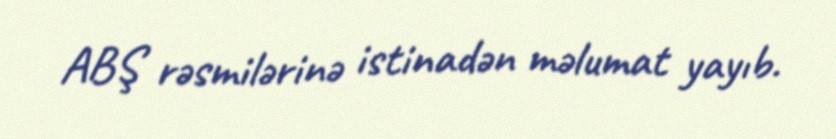
ABŞ rəsmilərinə istinadən məlumat yayıb.